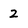
Character: 2